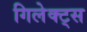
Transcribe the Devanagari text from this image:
गिलेक्ट्स